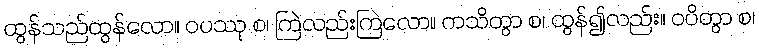
ထွန်သည်ထွန်လော။ ဝပဿု စ၊ ကြဲလည်းကြဲလော။ ကသိတွာ စ၊ ထွန်၍လည်း။ ဝပိတွာ စ၊